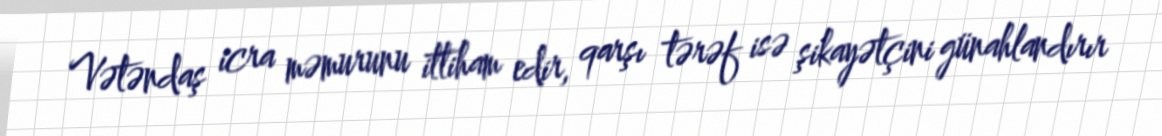
Vətəndaş icra məmurunu ittiham edir, qarşı tərəf isə şikayətçini günahlandırır